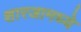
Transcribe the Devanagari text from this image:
शारजामध्ये